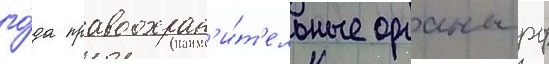
го́да правоохран'и́т'ельные органы рф